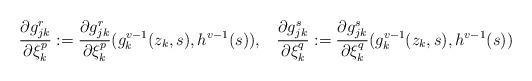
LaTeX: \begin{align*}\frac{\partial g_{jk}^r}{\partial \xi_k^p}:=\frac{\partial g_{jk}^r}{\partial \xi_k^p}(g_k^{v-1}(z_k,s),h^{v-1}(s)),\,\,\,\,\,\frac{\partial g_{jk}^s}{\partial \xi_k^q}:=\frac{\partial g_{jk}^s}{\partial \xi_k^q}(g_k^{v-1}(z_k,s),h^{v-1}(s))\end{align*}